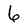
Character: 6